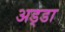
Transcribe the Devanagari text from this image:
अड्‍डा